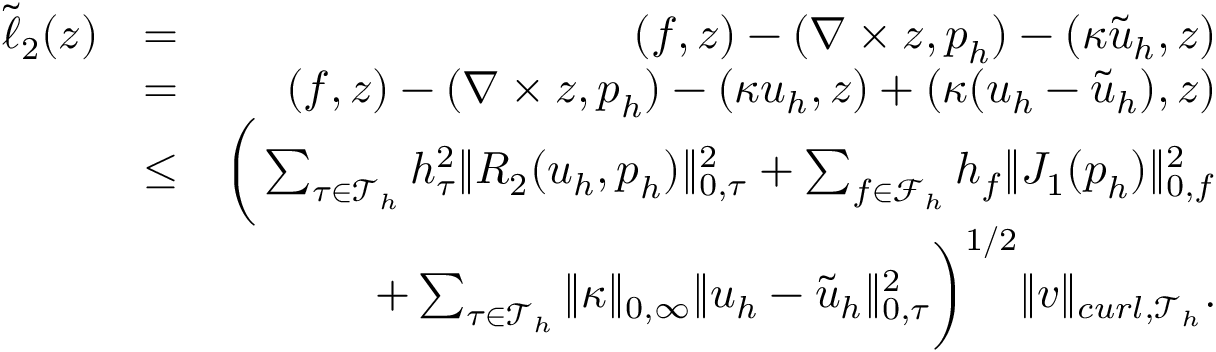
\begin{array} { r l r } { \tilde { \ell } _ { 2 } ( \boldsymbol { z } ) } & { = } & { ( \boldsymbol { f } , \boldsymbol { z } ) - ( \nabla \times \boldsymbol { z } , \boldsymbol { p } _ { h } ) - ( \kappa \tilde { \boldsymbol { u } } _ { h } , \boldsymbol { z } ) } \\ & { = } & { ( \boldsymbol { f } , \boldsymbol { z } ) - ( \nabla \times \boldsymbol { z } , \boldsymbol { p } _ { h } ) - ( \kappa \boldsymbol { u } _ { h } , \boldsymbol { z } ) + ( \kappa ( \boldsymbol { u } _ { h } - \tilde { \boldsymbol { u } } _ { h } ) , \boldsymbol { z } ) } \\ & { \leq } & { \bigg ( \sum _ { \tau \in \mathcal { T } _ { h } } h _ { \tau } ^ { 2 } \| R _ { 2 } ( \boldsymbol { u } _ { h } , \boldsymbol { p } _ { h } ) \| _ { 0 , \tau } ^ { 2 } + \sum _ { f \in \mathcal { F } _ { h } } h _ { f } \| J _ { 1 } ( \boldsymbol { p } _ { h } ) \| _ { 0 , f } ^ { 2 } \bigg . } \\ { \bigg . } & { } & { + \sum _ { \tau \in \mathcal { T } _ { h } } \| \kappa \| _ { 0 , \infty } \| \boldsymbol { u } _ { h } - \tilde { \boldsymbol { u } } _ { h } \| _ { 0 , \tau } ^ { 2 } \bigg ) ^ { 1 / 2 } \| \boldsymbol { v } \| _ { c u r l , \mathcal { T } _ { h } } . } \end{array}